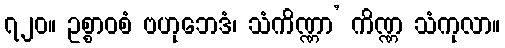
၇၂၀။ ဥစ္စာဝစံ ဗဟုဘေဒံ၊ သံကိဏ္ဏာ’ ကိဏ္ဏ သံကုလာ။